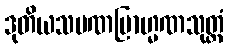
ဒုတိယသမဏဗြာဟ္မဏသုတ္တံ